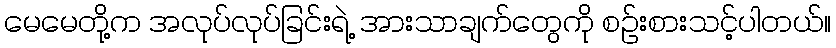
မေမေတို့က အလုပ်လုပ်ခြင်းရဲ့ အားသာချက်တွေကို စဉ်းစားသင့်ပါတယ်။